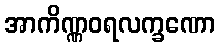
အာကိဏ္ဏဝရလက္ခဏော